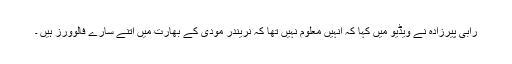
رابی پیرزادہ نے ویڈیو میں کہا کہ انہیں معلوم نہیں تھا کہ نریندر مودی کے بھارت میں اتنے سارے فالوورز ہیں ۔